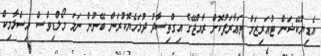
އެޑިޔުކޭޝަން ޓުއަރިޒަމް ތަޢާރަފުކޮށް ރާއްޖޭގެ އިގްތިސާދު ދުޅަހެޔޮކުރަން ބޭނުން ނަމަ މޯލްޑިވްސް އިސްލާމިކް